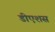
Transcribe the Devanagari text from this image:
डीएशस